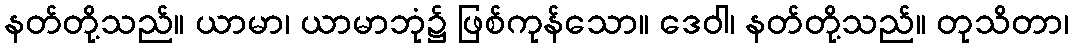
နတ်တို့သည်။ ယာမာ၊ ယာမာဘုံ၌ ဖြစ်ကုန်သော။ ဒေဝါ၊ နတ်တို့သည်။ တုသိတာ၊